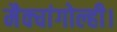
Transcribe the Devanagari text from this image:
मैक्चांगोल्ही।